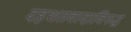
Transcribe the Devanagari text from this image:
दहशतवादाविरुद्ध